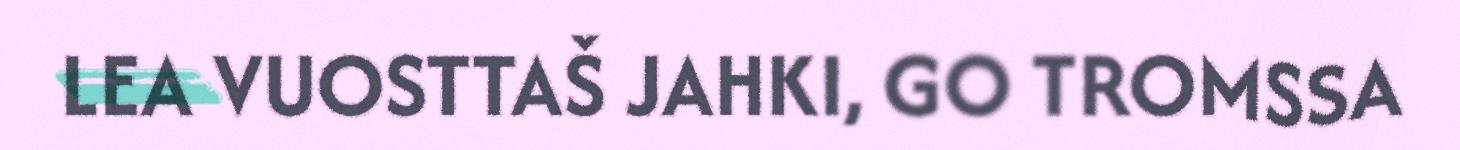
LEA VUOSTTAŠ JAHKI, GO TROMSSA